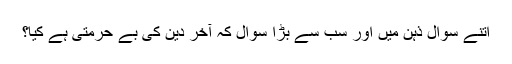
اتنے سوال ذہن میں اور سب سے بڑا سوال کہ آخر دین کی بے حرمتی ہے کیا؟